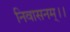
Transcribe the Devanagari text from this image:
निवासनम्।।